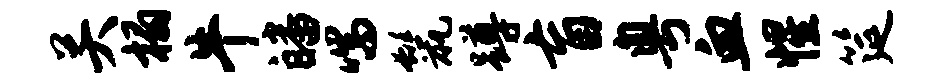
关榻牛皤喘鬣蹲盲粤血惺筵